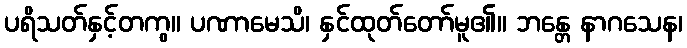
ပရိသတ်နှင့်တကွ။ ပဏာမေသိ၊ နှင်ထုတ်တော်မူ၏။ ဘန္တေ နာဂသေန၊